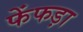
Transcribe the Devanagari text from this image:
फेंफड़ा